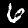
Label: 6